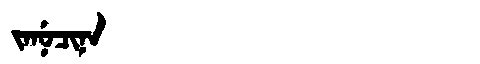
Manchu: ᠵᠠᠨᡠᠴᡳᠨᠠ
Romanization: JANUCINA